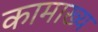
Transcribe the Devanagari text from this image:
कामाख्य